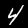
Label: 4